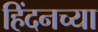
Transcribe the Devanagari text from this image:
हिंदनच्या